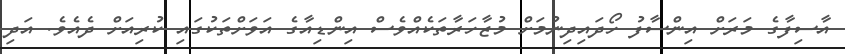
އާސިފާގެ މަރަށް އިންސާފު ހޯދައިދިނުމަށް މުޒާހަރާތަކެއްވެސް އިންްޑިއާގެ އަވަށްްތަކުގައި ކުރިއަށް ދެއެވެ. އަދި